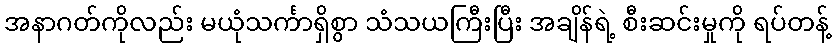
အနာဂတ်ကိုလည်း မယုံသင်္ကာရှိစွာ သံသယကြီးပြီး အချိန်ရဲ့ စီးဆင်းမှုကို ရပ်တန့်